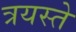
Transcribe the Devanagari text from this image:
त्रयस्ते